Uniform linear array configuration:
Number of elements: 8
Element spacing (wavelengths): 0.75
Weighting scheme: cosine
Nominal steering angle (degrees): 30
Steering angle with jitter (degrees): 29.085
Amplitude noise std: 0.05
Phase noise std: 0.05

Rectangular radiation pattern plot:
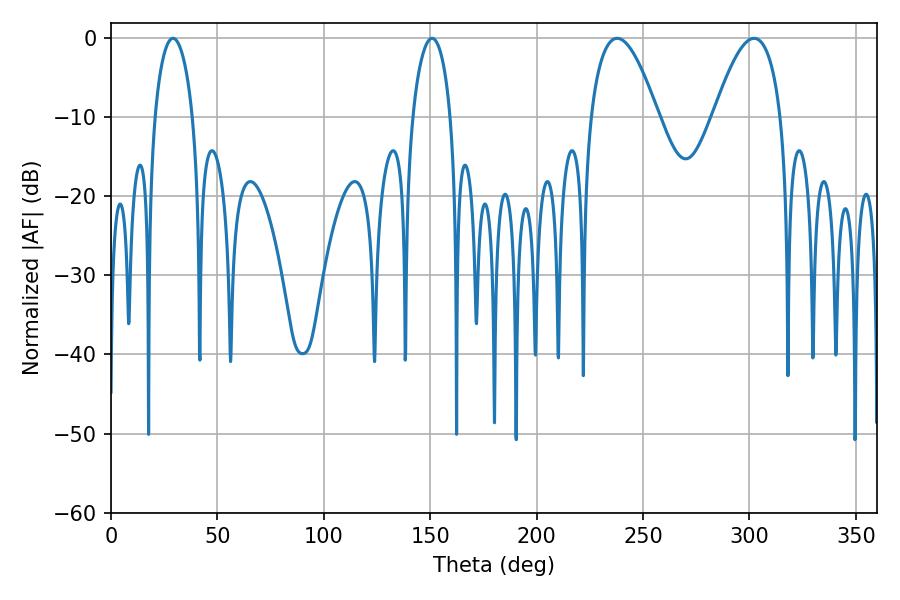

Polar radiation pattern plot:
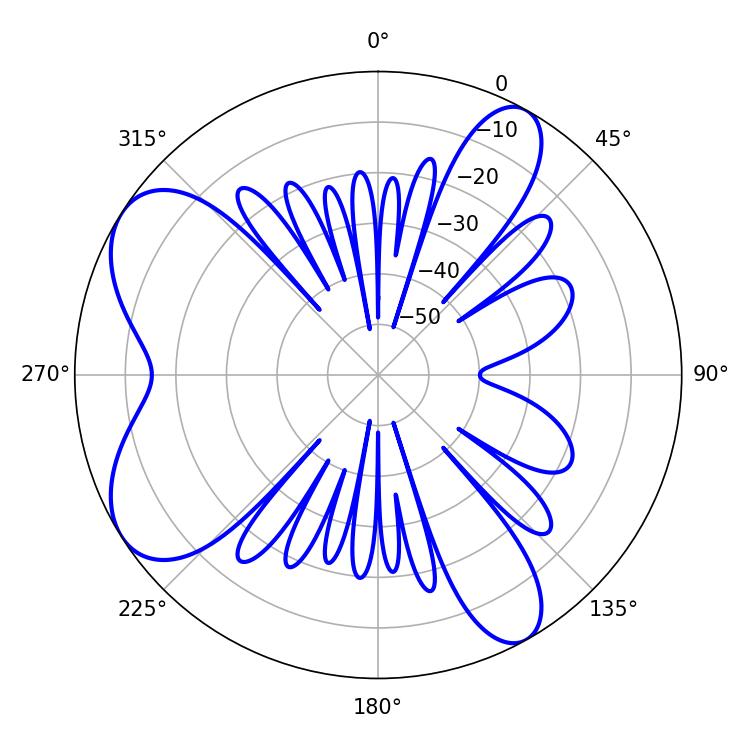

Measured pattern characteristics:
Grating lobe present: TRUE
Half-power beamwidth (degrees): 10.26
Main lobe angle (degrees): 29.16